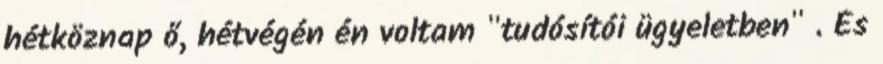
hétköznap ő, hétvégén én voltam "tudósítói ügyeletben" . És